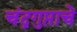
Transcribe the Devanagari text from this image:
चंद्रगुप्ताचे